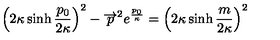
\left( 2 \kappa \sinh { \frac { p _ { 0 } } { 2 \kappa } } \right) ^ { 2 } - \overrightarrow { p } ^ { 2 } e ^ { { \frac { p _ { 0 } } { \kappa } } } = \left( 2 \kappa \sinh { \frac { m } { 2 \kappa } } \right) ^ { 2 }